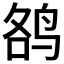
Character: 𱉮